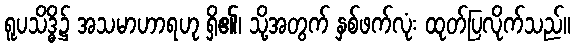
ရူပသိဒ္ဓိ၌ အသမာဟာရဟု ရှိ၏၊ သို့အတွက် နှစ်ဖက်လုံး ထုတ်ပြလိုက်သည်။